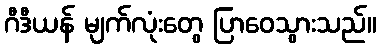
ဂီဒီယန် မျက်လုံးတွေ ပြာဝေသွားသည်။